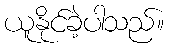
ယူနိုင်ခဲ့ပါသည်။